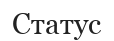
Статус